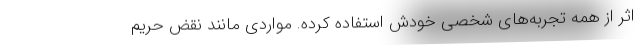
اثر از همه تجربه‌های شخصی خودش استفاده کرده. مواردی مانند نقض حریم